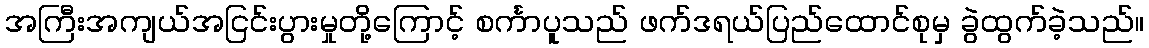
အကြီးအကျယ်အငြင်းပွားမှုတို့ကြောင့် စင်္ကာပူသည် ဖက်ဒရယ်ပြည်ထောင်စုမှ ခွဲထွက်ခဲ့သည်။